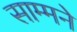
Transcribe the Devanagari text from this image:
साम्मने